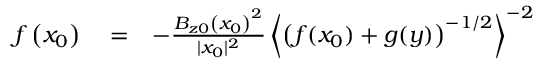
\begin{array} { r l r } { f \left( x _ { 0 } \right) } & { { } = } & { - \frac { B _ { z 0 } \left( x _ { 0 } \right) ^ { 2 } } { | x _ { 0 } | ^ { 2 } } \left\langle \left( f ( x _ { 0 } ) + g ( y ) \right) ^ { - 1 / 2 } \right\rangle ^ { - 2 } } \end{array}